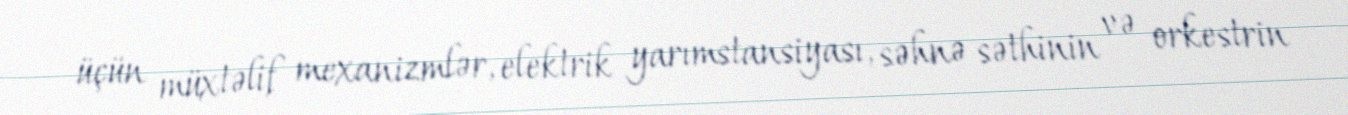
üçün müxtəlif mexanizmlər, elektrik yarımstansiyası, səhnə səthinin və orkestrin